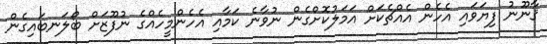
ޤާނޫނު ފިޔަވައި އެހެން އެއްޗެކަށް އަމަލުކޮށްގެން ނުވާނެ ކަމާއި އެހެންމީހެއްގެ ނުފޫޒަށް ބޯލަނބައިގެން